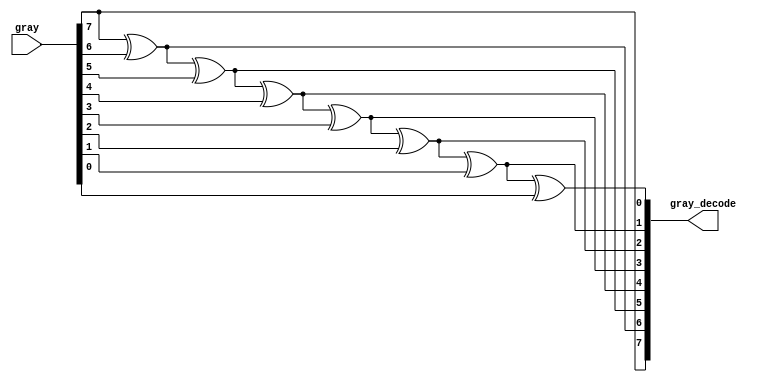
// This program was cloned from: https://github.com/huangxc6/verilog_practice
// License: MIT License

module gray_decode #(
	parameter W = 32'd8
	)(
	input  [W-1:0] gray ,
	output [W-1:0] gray_decode
);
	integer i ;
	reg [W-1 : 0] gray_decode_r ;

	always @(*) begin
		gray_decode_r[W-1] = gray[W-1] ;
		for (i = W-2; i >= 0; i = i - 1) begin
			gray_decode_r[i] = gray_decode_r[i+1] ^ gray[i] ;
		end
		
	end

	assign gray_decode = gray_decode_r ;

endmodule